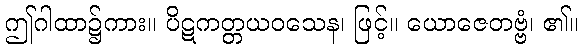
ဤဂါထာ၌ကား။ ပိဋကတ္တယဝသေန၊ ဖြင့်။ ယောဇေတဗ္ဗံ၊ ၏။